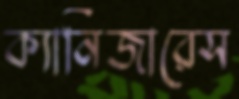
ক্যানিজারেস